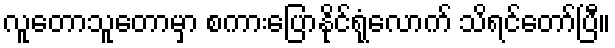
လူတောသူတောမှာ စကားပြောနိုင်ရုံလောက် သိရင်တော်ပြီ။